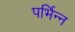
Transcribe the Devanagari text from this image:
पर्भिन्न